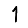
Digit: 1